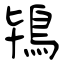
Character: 鴇